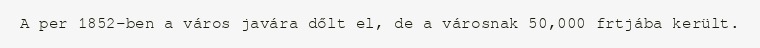
A per 1852-ben a város javára dőlt el, de a városnak 50,000 frtjába került.